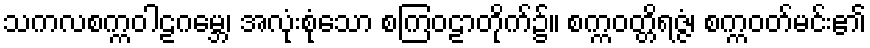
သကလစက္ကဝါဠဂမ္ဘေ၊ အလုံးစုံသော စကြဝဠာတိုက်၌။ စက္ကဝတ္တိရဇ္ဇံ၊ စက္ကဝတ်မင်း၏